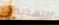
التهديدات